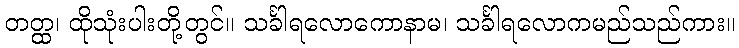
တတ္ထ၊ ထိုသုံးပါးတို့တွင်။ သင်္ခါရလောကောနာမ၊ သင်္ခါရလောကမည်သည်ကား။